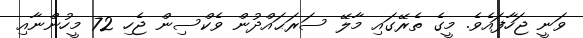
ވަނީ ޖަހާފައެވެ. މީގެ ތެރޭގައި މާލޭ ސަރަޙައްދުން ވެކްސިން ޖެހި 72 މީހުންނާއި